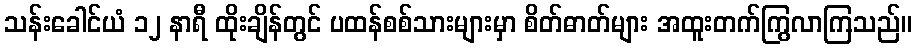
သန်းခေါင်ယံ ၁၂ နာရီ ထိုးချိန်တွင် ပထန်စစ်သားများမှာ စိတ်ဓာတ်များ အထူးတက်ကြွလာကြသည်။